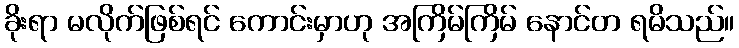
ခိုးရာ မလိုက်ဖြစ်ရင် ကောင်းမှာဟု အကြိမ်ကြိမ် နောင်တ ရမိသည်။